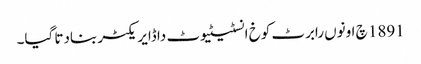
1891 چ اونوں رابرٹ کوخ انسٹیٹیوٹ دا ڈایریکٹر بنادتا گیا۔